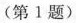
(第1题)